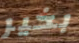
بخير